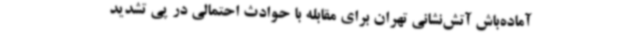
آماده‌باش آتش‌نشانی تهران برای مقابله با حوادث احتمالی در پی تشدید